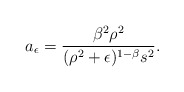
\begin{align*}a_{\epsilon}=\frac{\beta^2\rho^2}{(\rho^2+\epsilon)^{1-\beta}s^2}.\end{align*}